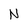
Character: N